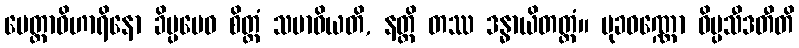
မေတ္တာဝိဟာရိနော ခိပ္ပမေဝ စိတ္တံ သမာဓိယတိ, နတ္ထိ တဿ ဒန္ဓာယိတတ္တံ။ မုခဝဏ္ဏော ဝိပ္ပသီဒတီတိ